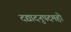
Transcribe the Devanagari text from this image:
दद्यादनुपदमहो